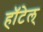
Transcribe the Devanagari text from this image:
हॉटेल्